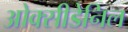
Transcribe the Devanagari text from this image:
ओक्सीडेनिल